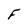
Character: F